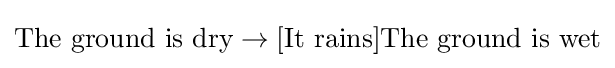
{\text{The ground is dry}}\to [{\text{It rains}}]{\text{The ground is wet}}